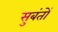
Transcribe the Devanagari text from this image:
सुबंतों